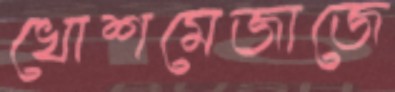
খোশমেজাজে